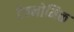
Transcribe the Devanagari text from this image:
टेक्नोमिक